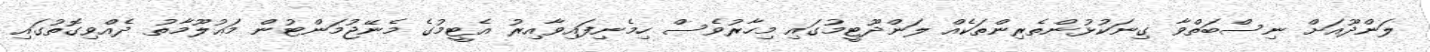
ލަންދޫއަށް ނިސްބަތްވާ ގިނަކުޅުންތެރިންތަކެއް ލަންދޫޓީމުގައި މިހާރުވެސް ހިމެނިފައިވާއިރު އެޓީމުގެ މެނޭޖުމަންޓުން މަޢުލޫމާތު ދެއްވިގޮތުގައި